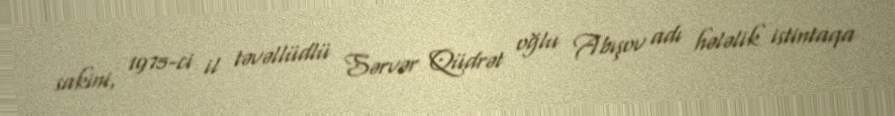
sakini, 1975-ci il təvəllüdlü Sərvər Qüdrət oğlu Abışov adı hələlik istintaqa